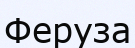
Феруза